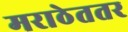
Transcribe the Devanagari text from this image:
मराठेततर